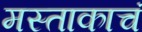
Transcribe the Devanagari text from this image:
मस्ताकाचं